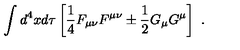
\int d ^ { 4 } x d \tau \left[ \frac 1 4 F _ { \mu \nu } F ^ { \mu \nu } \pm \frac 1 2 G _ { \mu } G ^ { \mu } \right] \ .